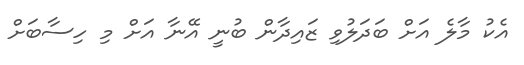
އެކު މާލެ އަށް ބަދަލުވި ޒައިދާން ބުނީ އޭނާ އަށް މި ހިސާބަށް